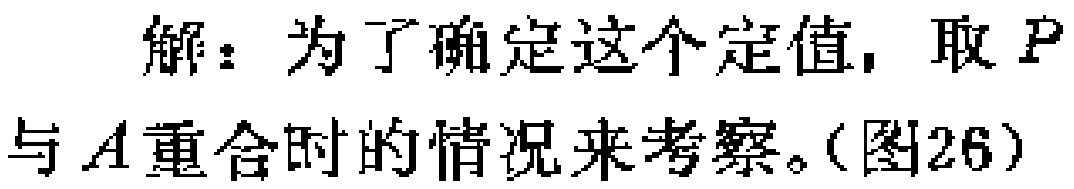
解：为了确定这个定值，取 \(P\) 与 \(A\) 重合时的情况来考察。（图26）